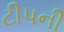
ટીપની